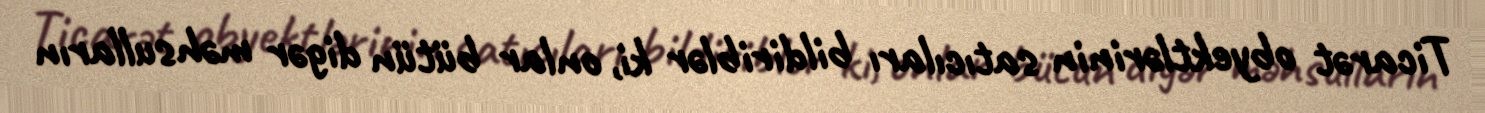
Ticarət obyektlərinin satıcıları bildiriblər ki, onlar bütün digər məhsulların